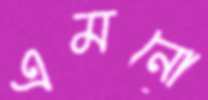
এমনো